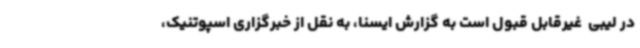
در لیبی  غیرقابل قبول است به گزارش ایسنا، به نقل از خبرگزاری اسپوتنیک،